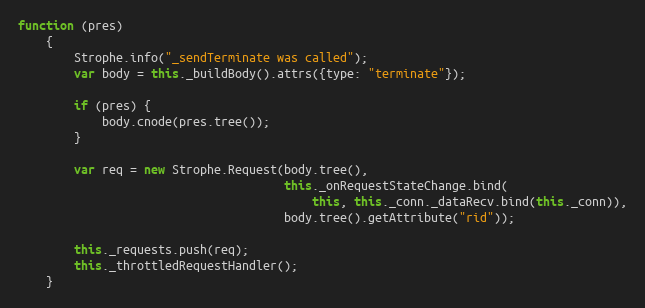
Language: JavaScript
function (pres)
    {
        Strophe.info("_sendTerminate was called");
        var body = this._buildBody().attrs({type: "terminate"});

        if (pres) {
            body.cnode(pres.tree());
        }

        var req = new Strophe.Request(body.tree(),
                                      this._onRequestStateChange.bind(
                                          this, this._conn._dataRecv.bind(this._conn)),
                                      body.tree().getAttribute("rid"));

        this._requests.push(req);
        this._throttledRequestHandler();
    }